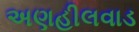
અણહીલવાડ